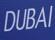
dubai